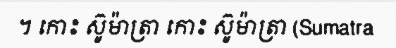
។ កោះ ស៊ូម៉ាត្រា កោះ ស៊ូម៉ាត្រា (Sumatra